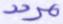
مردد